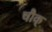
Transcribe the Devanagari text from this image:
चौक्